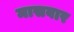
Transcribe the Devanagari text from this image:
मासवार